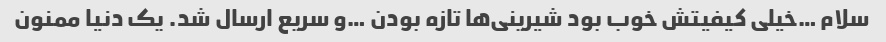
سلام …خیلی کیفیتش خوب بود شیرینی‌ها تازه بودن …و سریع ارسال شد. یک دنیا ممنون